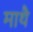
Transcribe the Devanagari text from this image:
माथै